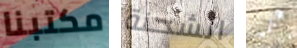
مكتبنا الشحنة شأنى